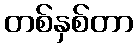
တစ်နှစ်တာ